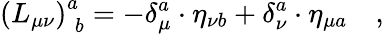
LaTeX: \left(L_{\mu\nu}\right)_{\; b}^{a}=-\delta_{\mu}^{a}\cdot\eta_{\nu b}+\delta_{\nu}^{a}\cdot\eta_{\mu a}\quad,